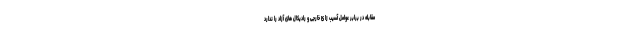
مقابله در برابر عوامل آسیب زا ئ خارجی و رادیکال های آزاد را ندارد